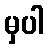
မှပါ